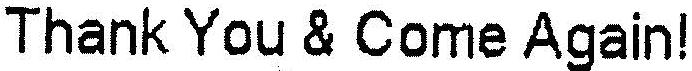
THANK YOU & COME AGAIN!